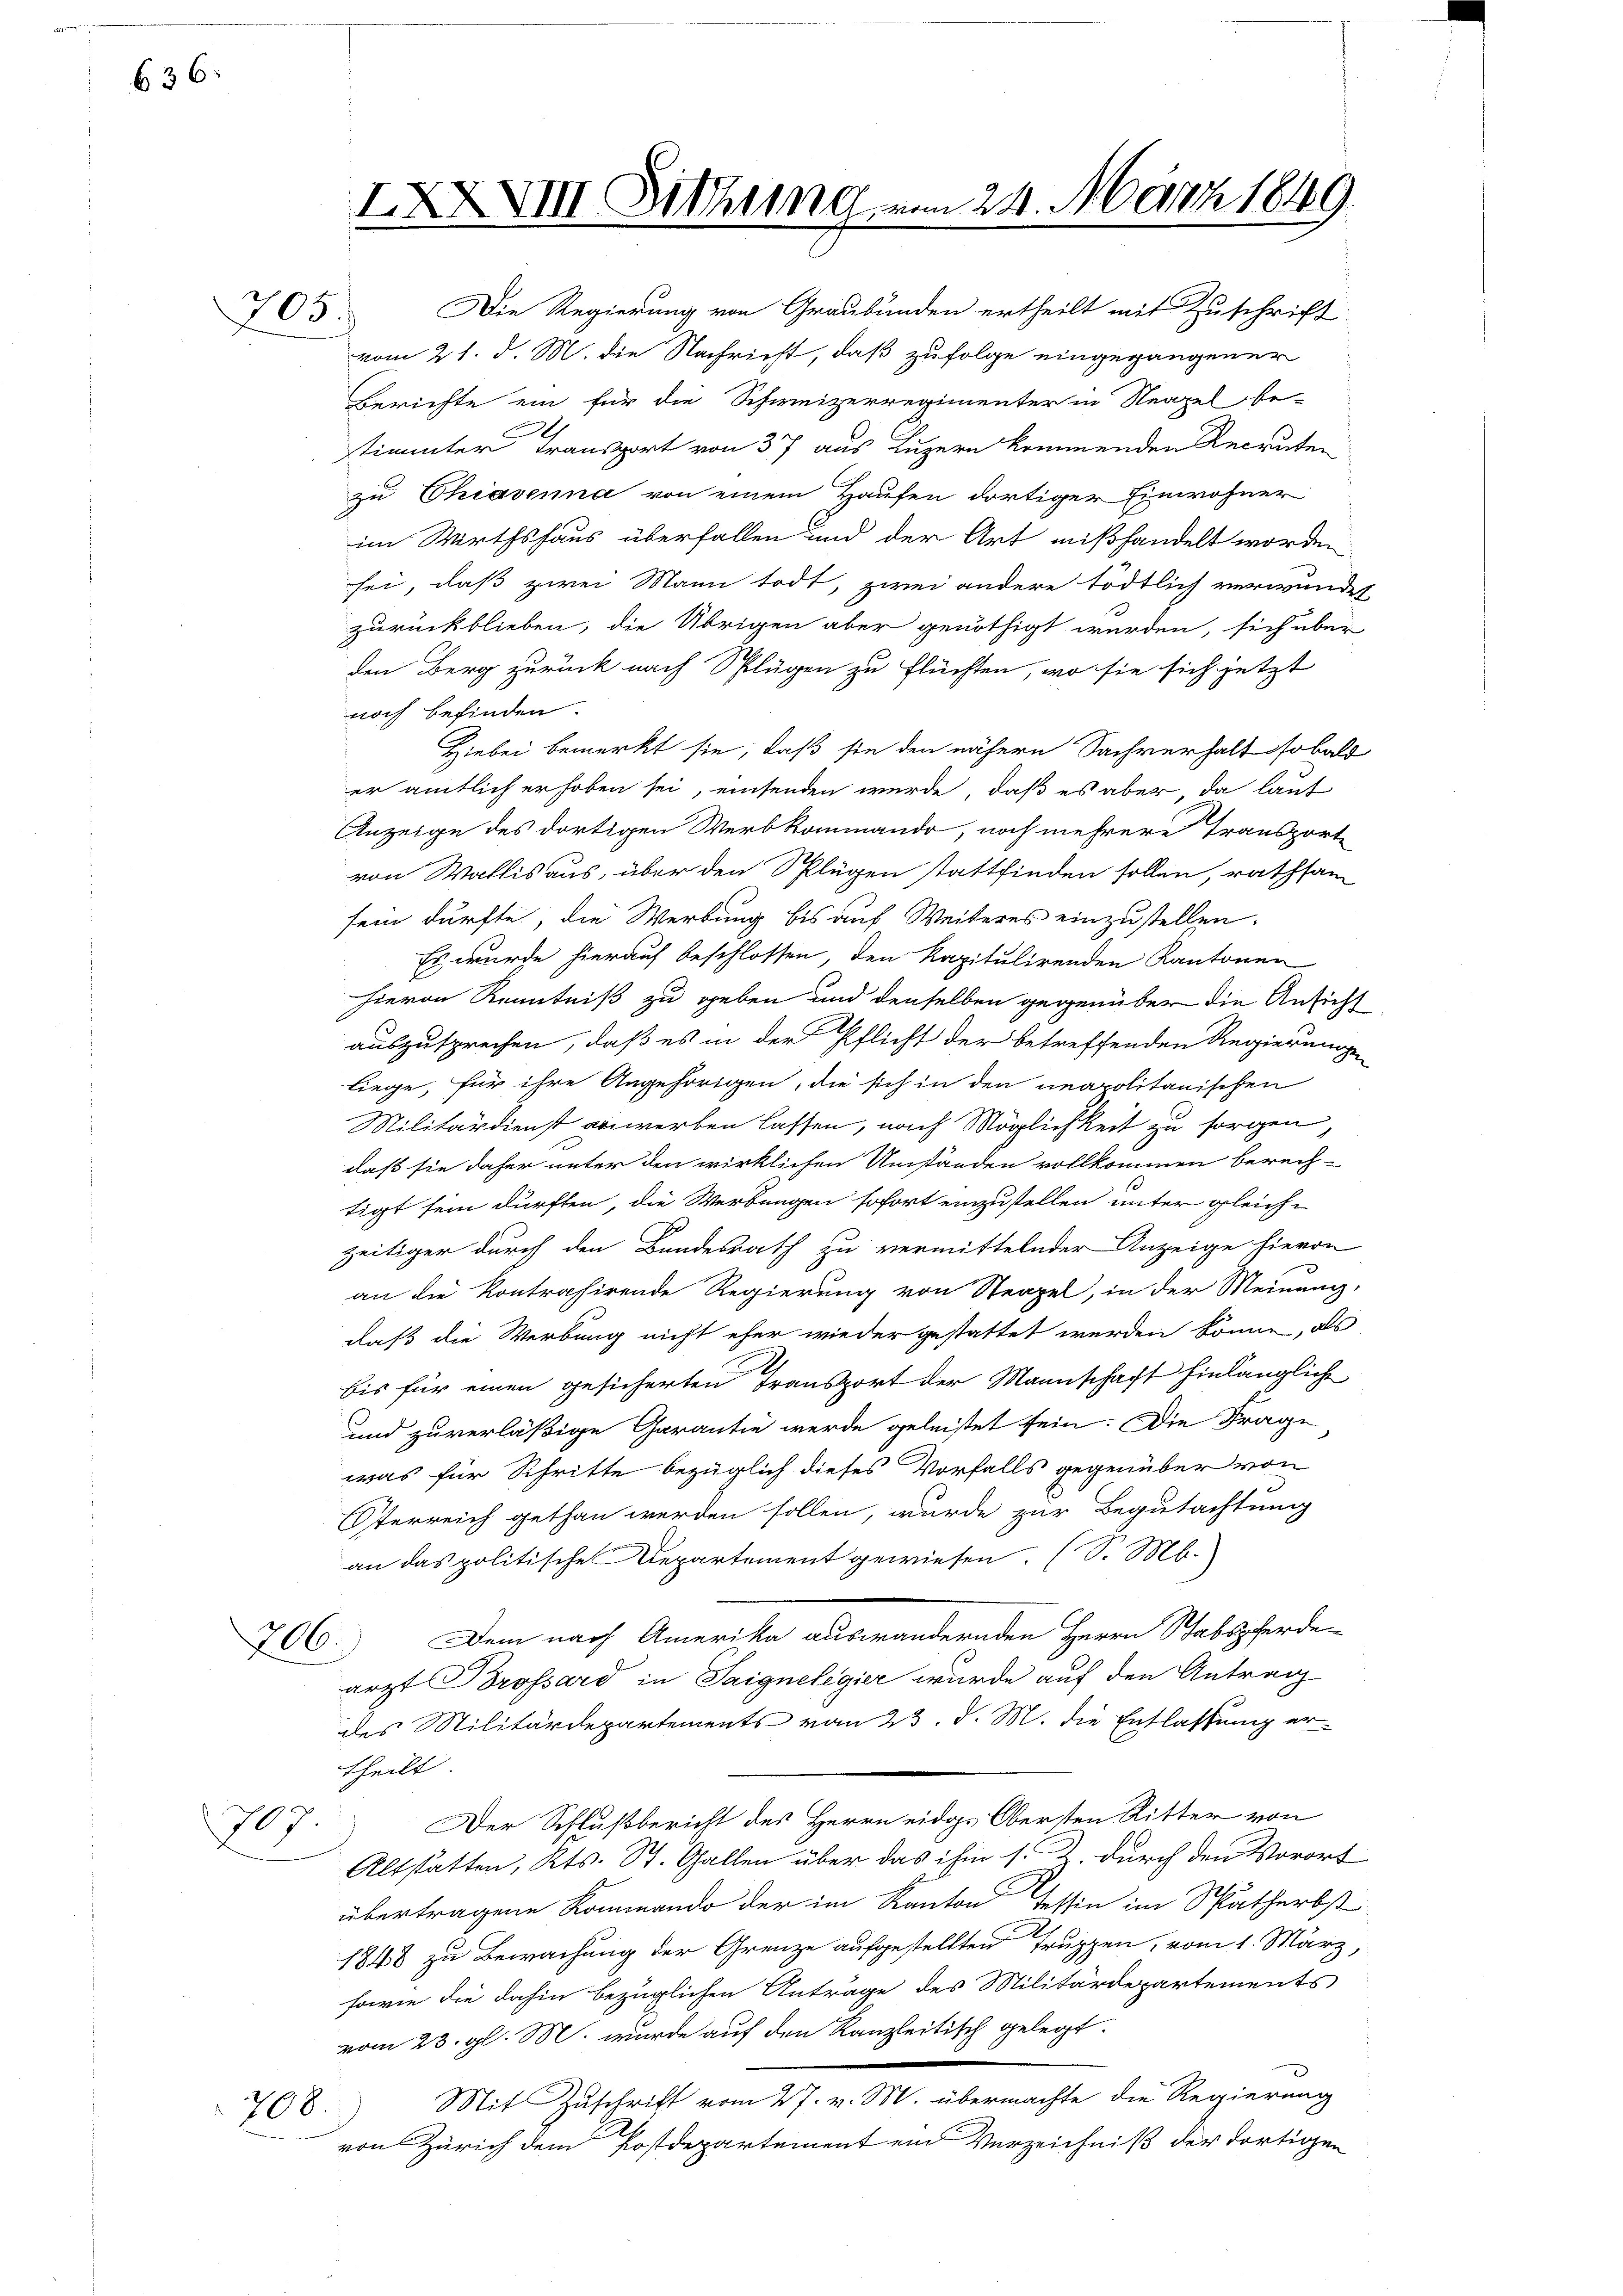
636:

705.

XXXVIII Sitzung vom 24. März 1849.

Die Regierung von Graubünden ertheilt mit Zuschrift
vom 21. d. M. die Nachricht, daß zufolge eingegangener
Berichte ein für die Schweizerregimenter in Neapel be-
stimmter Transport von 37 aus Luzern kommenden Recruten
zu Chiavenna von einem Hausen dortiger Einwohner
im Wirthshaus überfallen und der Art mißhandelt worden
sei, daß zwei Mann todt, zwei andere tödtlich verwendet
zurückblieben, die Übrigen aber genöthigt werden, sich über
den Berg zurück nach Splügen zu Flüchten, wo sie sich jetzt
noch befinden.
Hiebei bemerkt sie, daß sie den nähern Sachverhalt sobald
er amtlich erhoben sei, einsenden wurde, daß es aber, da laut
Anzeige des dortigen Werb kommando, noch mehrere Transporte
von Wallis aus, über den Splügen stattfinden sollen, rathsam
sein dürfte, die Werbung bis auf Weiteres einzustellen.
Es wurde hierauf beschlossen, den kapitulirenden Kantonen
hievon Kenntniß zu geben und denselben gegenüber die Ansicht
auszusprechen, daß es in der Pflicht der betreffenden Regierungen
liege, für ihre Angehörigen, die sich in den neapolitanischen
Militärdienst anwerben lassen, nach Möglichkeit zu sorgen,
daß sie daher unter den wirklichen Umständen vollkommen berechtigt sein dürften, die Werbungen sofort einzustellen unter gleich-
zeitiger durch den Bundesrath zu vermittelnder Anzeige hievon
an die Kontrahirende Regierung von Steppel, in der Meinung,
daß die Werbung nicht eher wieder gestattet werden könne, als
.
bis für einen gesicherten Transport der Mannschaft hinlänglich
und zuverläßige Garantie werde geleistet sein. Die Frage
was für Schritte bezüglich dieses Vorfalls gegenüber von
Oterreich gethan werden sollen, wurde zur Begutachtung
an das politische Departement gewiesen. (S. M.
706.) Dem nach Amerika auswandernden Herrn Stabspferde
arzt Brossard in Saignelegier wurde auf den Antrag
des Militärdepartements vom 23. d. M. die Entlassung ertheilt.
Der Schlußbericht des Herrn eidge Obersten Ritter von
707
Altstatten, Kts. St. Gallen über das ihm s. Z. durch den Vorort
übertragene Kommando der im Kanton Tessin im Spätherbst
1848 zu Bewachung der Grenze aufgestellten Truppen, vom 1. März,
sowie die dahin bezüglichen Anträge des Militärdepartements
vom 23. gl. M. wurde auf den Kanzleitisch gelegt.
Mit Zuschrift vom 27. v. M. übermachte die Regierung
706
von Zürich dem Postdepartement ein Verzeichniß der dortigen